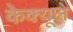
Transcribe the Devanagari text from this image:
केक्यूले